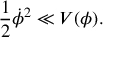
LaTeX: \frac { 1 } { 2 } { \dot { \phi } } ^ { 2 } \ll V ( \phi ) .